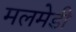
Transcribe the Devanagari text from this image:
मलमेडी